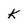
Character: k